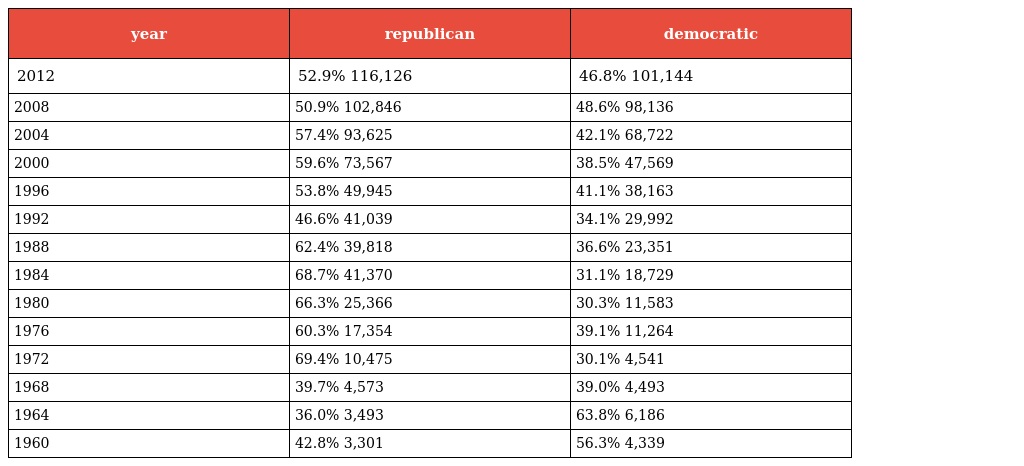
| year | republican | democratic |
 | --- | --- | --- |
 | 2012 | 52.9% 116,126 | 46.8% 101,144 |
 | 2008 | 50.9% 102,846 | 48.6% 98,136 |
 | 2004 | 57.4% 93,625 | 42.1% 68,722 |
 | 2000 | 59.6% 73,567 | 38.5% 47,569 |
 | 1996 | 53.8% 49,945 | 41.1% 38,163 |
 | 1992 | 46.6% 41,039 | 34.1% 29,992 |
 | 1988 | 62.4% 39,818 | 36.6% 23,351 |
 | 1984 | 68.7% 41,370 | 31.1% 18,729 |
 | 1980 | 66.3% 25,366 | 30.3% 11,583 |
 | 1976 | 60.3% 17,354 | 39.1% 11,264 |
 | 1972 | 69.4% 10,475 | 30.1% 4,541 |
 | 1968 | 39.7% 4,573 | 39.0% 4,493 |
 | 1964 | 36.0% 3,493 | 63.8% 6,186 |
 | 1960 | 42.8% 3,301 | 56.3% 4,339 |